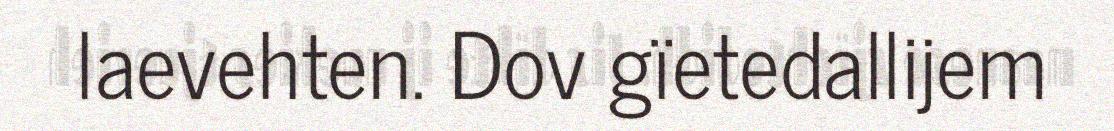
laevehten. Dov gïetedallijem